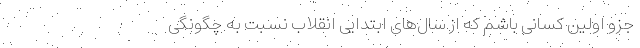
جزو اولین کسانی باشم که از سال‌های ابتدایی انقلاب نسبت به چگونگی